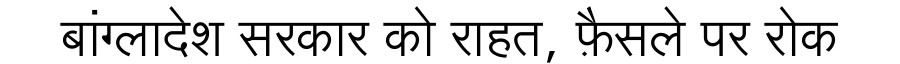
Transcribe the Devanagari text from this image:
बांग्लादेश सरकार को राहत, फ़ैसले पर रोक